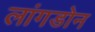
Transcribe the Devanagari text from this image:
लांगडोन